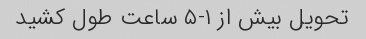
تحویل بیش از ۱-۵ ساعت طول کشید